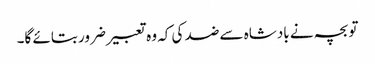
تو بچہ نے بادشاہ سے ضد کی کہ وہ تعبیر ضرور بتائے گا۔